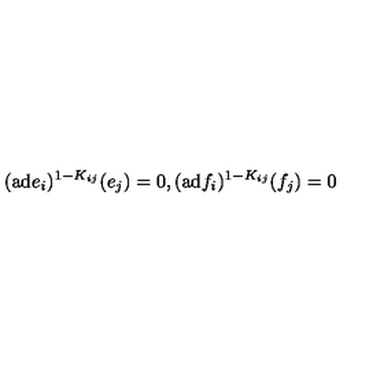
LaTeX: ( \mathrm { a d } e _ { i } ) ^ { 1 - K _ { i j } } ( e _ { j } ) = 0 , ( \mathrm { a d } f _ { i } ) ^ { 1 - K _ { i j } } ( f _ { j } ) = 0